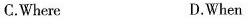
C.Where D.When